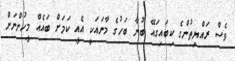
ވެސް ރައްޔިތުންގެ ކިބައިގައޭ ބުނާ ބަހުގެ މާނައަކީ އެއީ ކަމަށް ބައެއް މީހުންނަށް